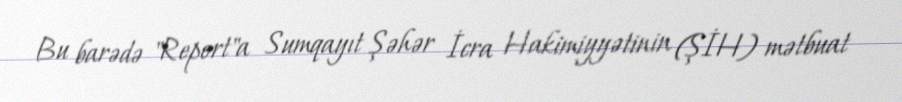
Bu barədə "Report"a Sumqayıt Şəhər İcra Hakimiyyətinin (ŞİH) mətbuat